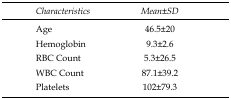
<table><thead><tr><td><b>Characteristics</b></td><td><b>Mean±SD</b></td></tr></thead><tbody><tr><td>Age</td><td>46.5±20</td></tr><tr><td>Hemoglobin</td><td>9.3±2.6</td></tr><tr><td>RBC Count</td><td>5.3±26.5</td></tr><tr><td>WBC Count</td><td>87.1±39.2</td></tr><tr><td>Platelets</td><td>102±79.3</td></tr></tbody></table>